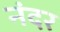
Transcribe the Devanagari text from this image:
नंदर